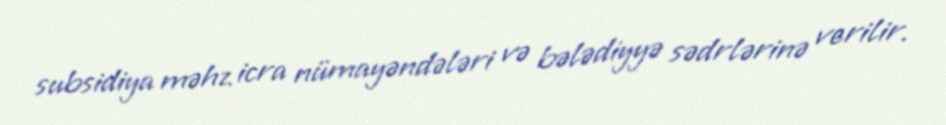
subsidiya məhz icra nümayəndələri və bələdiyyə sədrlərinə verilir.